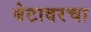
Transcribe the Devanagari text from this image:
बेटावरचा